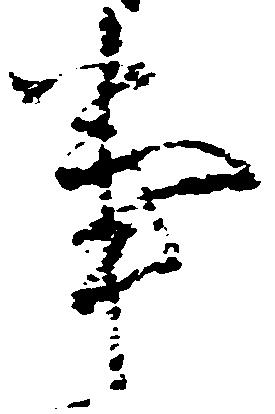
事